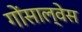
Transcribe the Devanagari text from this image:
गोंसाल्वेस